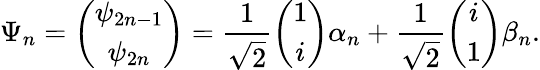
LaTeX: \Psi_{n}=\left(\begin{array}{c}{\psi_{2n-1}}\\ {\psi_{2n}}\end{array}\right)=\frac{1}{\sqrt{2}}\left(\begin{array}{c}{1}\\ {i}\end{array}\right)\alpha_{n}+\frac{1}{\sqrt{2}}\left(\begin{array}{c}{i}\\ {1}\end{array}\right)\beta_{n}.